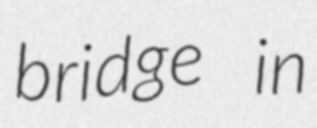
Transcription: bridge in